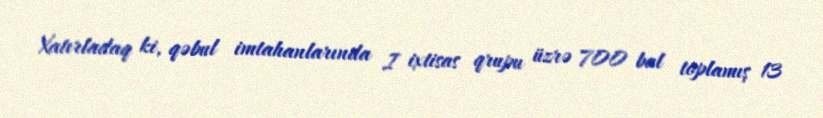
Xatırladaq ki, qəbul imtahanlarında I ixtisas qrupu üzrə 700 bal toplamış 13